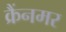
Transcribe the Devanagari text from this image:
क्रैंनमर